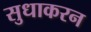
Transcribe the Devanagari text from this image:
सुधाकरन